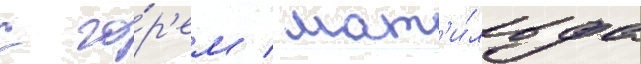
с го́р'ем / мат'и́льда